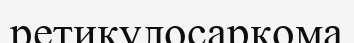
ретикулосаркома